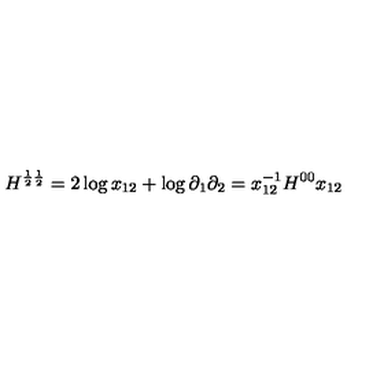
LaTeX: H ^ { \frac { 1 } { 2 } \frac { 1 } { 2 } } = 2 \log x _ { 1 2 } + \log \partial _ { 1 } \partial _ { 2 } = x _ { 1 2 } ^ { - 1 } H ^ { 0 0 } x _ { 1 2 }